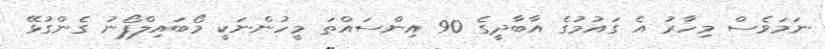
ނަމަވެސް މިހާރު އެ ގައުމުގެ އާބާދީގެ 90 އިންސައްތަ މީހުންނަކީ މޯބައިލްފޯނު ގެންގުޅޭ